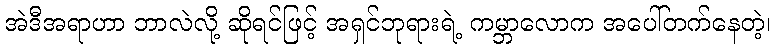
အဲဒီအရာဟာ ဘာလဲလို့ ဆိုရင်ဖြင့် အရှင်ဘုရားရဲ့ ကမ္ဘာလောက အပေါ်တက်နေတဲ့၊